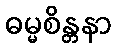
ဓမ္မစိန္တနာ